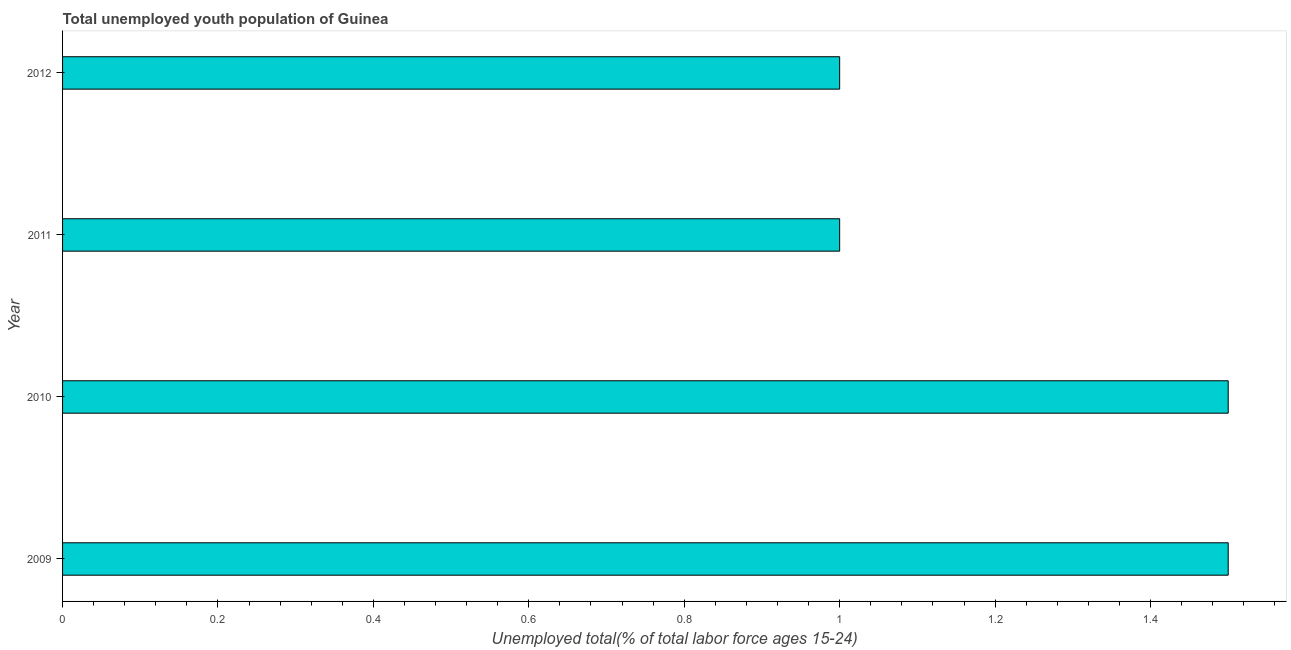
| Year | Unemployment youth total |
 | --- | --- |
 | 2009 | 1.5 |
 | 2010 | 1.5 |
 | 2011 | 1 |
 | 2012 | 1 |